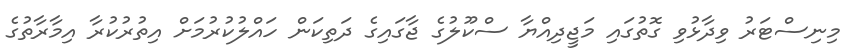
މިނިސްޓަރު ވިދާޅުވި ގޮތުގައި މަޖީދިއްޔާ ސްކޫލުގެ ޖާގައިގެ ދަތިކަން ހައްލުކުރުމަށް އިތުރުކުރާ އިމާރާތުގެ